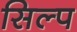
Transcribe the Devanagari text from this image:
सिल्प